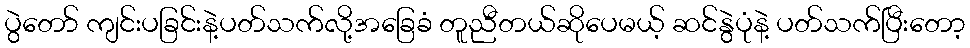
ပွဲတော် ကျင်းပခြင်းနဲ့ပတ်သက်လို့အခြေခံ တူညီတယ်ဆိုပေမယ့် ဆင်နွဲပုံနဲ့ ပတ်သက်ပြီးတော့